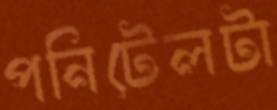
পনিটেলটা